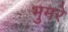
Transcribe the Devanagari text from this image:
भुमरे